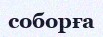
соборға